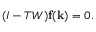
( I - T W ) \mathbf { f } ( \mathbf { k } ) = 0 .